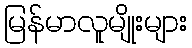
မြန်မာလူမျိုးများ